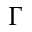
\Gamma